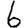
Digit: 6